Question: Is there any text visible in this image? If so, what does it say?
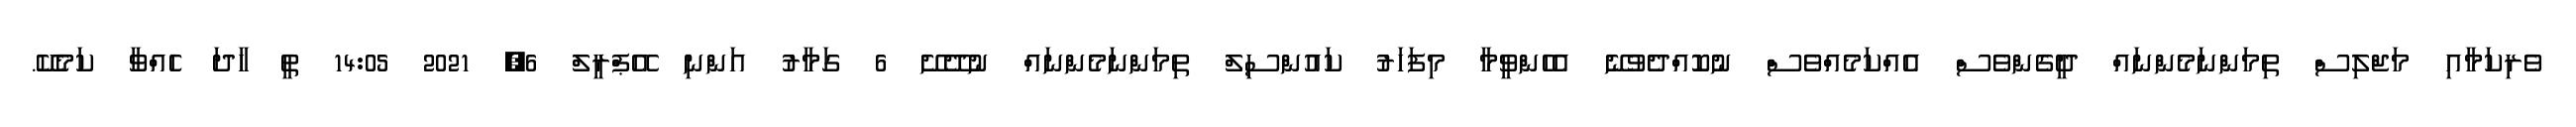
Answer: ވެރިކަމާއި މަޖްލިސް ތިމަންނަމެންނައް ދީގެންވެސް އެއްކަމެއްވެސް ނުކޮއްދެވުނޭ އެހެންވީމާ މިފަހަރު ކައުންސިލް ތިމަންނަމެންނައް ނުދޭށޭ 6 ގަމާރު އަންނި އޭޕްރީލް 6, 2021 14:05 ތީ ހާދަ ހެއްވާ ކަމެކޭ.